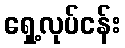
ရှေ့လုပ်ငန်း